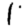
Digit: 1